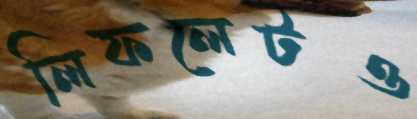
লিফলেটও